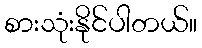
စားသုံးနိုင်ပါတယ်။